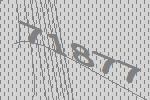
71877